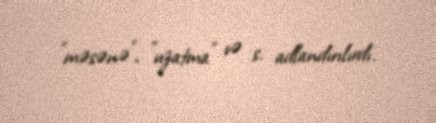
"məsənə", "uzatma" və s. adlandırılırdı.